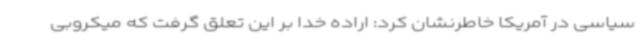
سیاسی در آمریکا خاطرنشان کرد: اراده خدا بر این تعلق گرفت که میکروبی